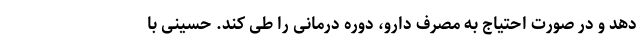
دهد و در صورت احتیاج به مصرف دارو، دوره درمانی را طی کند. حسینی با